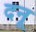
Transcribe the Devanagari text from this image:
दनू